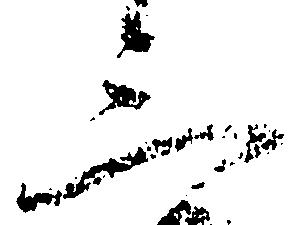
三